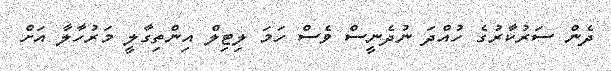
ދެން ސަރުކާރުގެ ހުއްދަ ނުދެނީސް ވެސް ހަމަ ލިޓިލް އިންތިގާލީ މަރުހާލާ އަށް